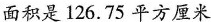
面积是126.75平方厘米